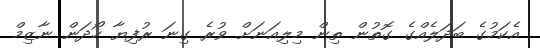
އެކަމުގެ ބަދަލެއްގެ ގޮތުން ތިން މިލިއަނަށް ވުރެ ގިނަ ރުފިޔާ ހޯދަން ނާޒިމް